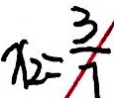
x _ { 2 } = \frac { 3 } { 7 }